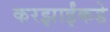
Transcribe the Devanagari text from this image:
करझाईंकडे